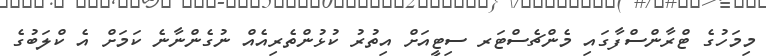
މިމަހުގެ ޓްރާންސްފާގައި މެންޗެސްޓަރ ސިޓީއަށް އިތުރު ކުޅުންތެރިއެއް ނުގެންނާނެ ކަމަށް އެ ކްލަބުގެ